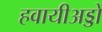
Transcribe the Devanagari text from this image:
हवायीअड्डों